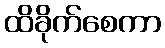
ထိခိုက်စေကာ